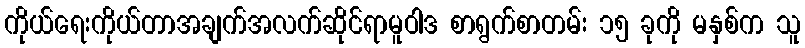
ကိုယ်ရေးကိုယ်တာအချက်အလက်ဆိုင်ရာမူဝါဒ စာရွက်စာတမ်း ၁၅ ခုကို မနှစ်က သူ